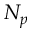
N _ { p }